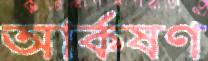
আর্কষণ